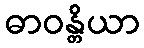
ဓာဝန္တိယာ